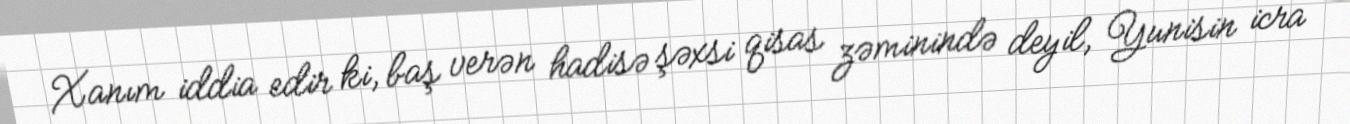
Xanım iddia edir ki, baş verən hadisə şəxsi qisas zəminində deyil, Yunisin icra